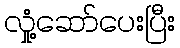
လှုံ့ဆော်ပေးပြီး